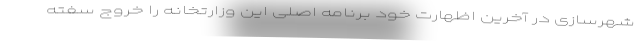
شهرسازی در آخرین اظهارت خود برنامه اصلی این وزارتخانه را خروج سفته